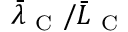
\bar { \lambda } _ { \mathrm { ~ C ~ } } / \bar { L } _ { \mathrm { ~ C ~ } }